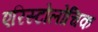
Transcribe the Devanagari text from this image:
एरिस्टोलोचिक